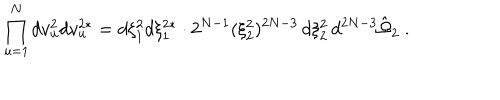
LaTeX: \prod _ { u = 1 } ^ { N } d v _ { u } ^ { 2 } d v _ { u } ^ { 2 * } = d \xi _ { 1 } ^ { 2 } d \xi _ { 1 } ^ { 2 * } \cdot 2 ^ { N - 1 } ( \xi _ { 2 } ^ { 2 } ) ^ { 2 N - 3 } \, d \xi _ { 2 } ^ { 2 } \, d ^ { 2 N - 3 } \hat { \Omega } _ { 2 } \ .